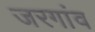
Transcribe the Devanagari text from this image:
जरगांव